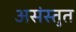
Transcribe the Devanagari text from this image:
असंस्तुत